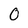
Character: 0